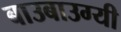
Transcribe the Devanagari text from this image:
बाउबाउग्यी